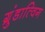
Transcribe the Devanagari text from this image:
ग्रुंडात्विग